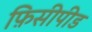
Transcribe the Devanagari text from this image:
फ़िसीपीड